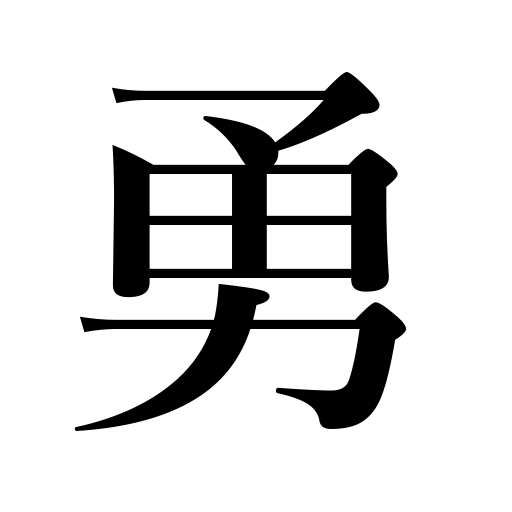
Meanings: courage,cheer up,bravery,heroism,be in high spirits